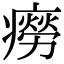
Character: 癆